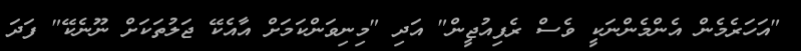
"އަހަރެމެން އެންމެންނަކީ ވެސް ރެފިއުޖީން" އަދި "މިނިވަންކަމަށް އާއެކޭ ޖަލުތަކަށް ނޫނެކޭ" ފަދަ